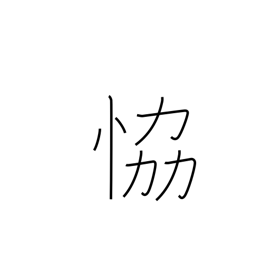
Meaning: threaten